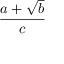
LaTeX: \frac { a + { \sqrt { b } } } { c }